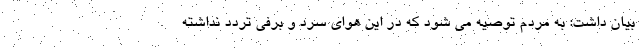
بیان داشت: به مردم توصیه می شود که در این هوای سرد و برفی تردد نداشته